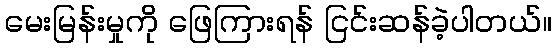
မေးမြန်းမှုကို ဖြေကြားရန် ငြင်းဆန်ခဲ့ပါတယ်။